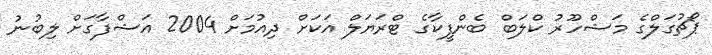
ޕޯޗުގަލްގެ މަޝްހޫރު ކްލަބް ބެންފީކާގެ ޓްރަޔަލް އަކަށް ދިއުމަށް 2004 އަޝްފާގަށް ލިބުނު